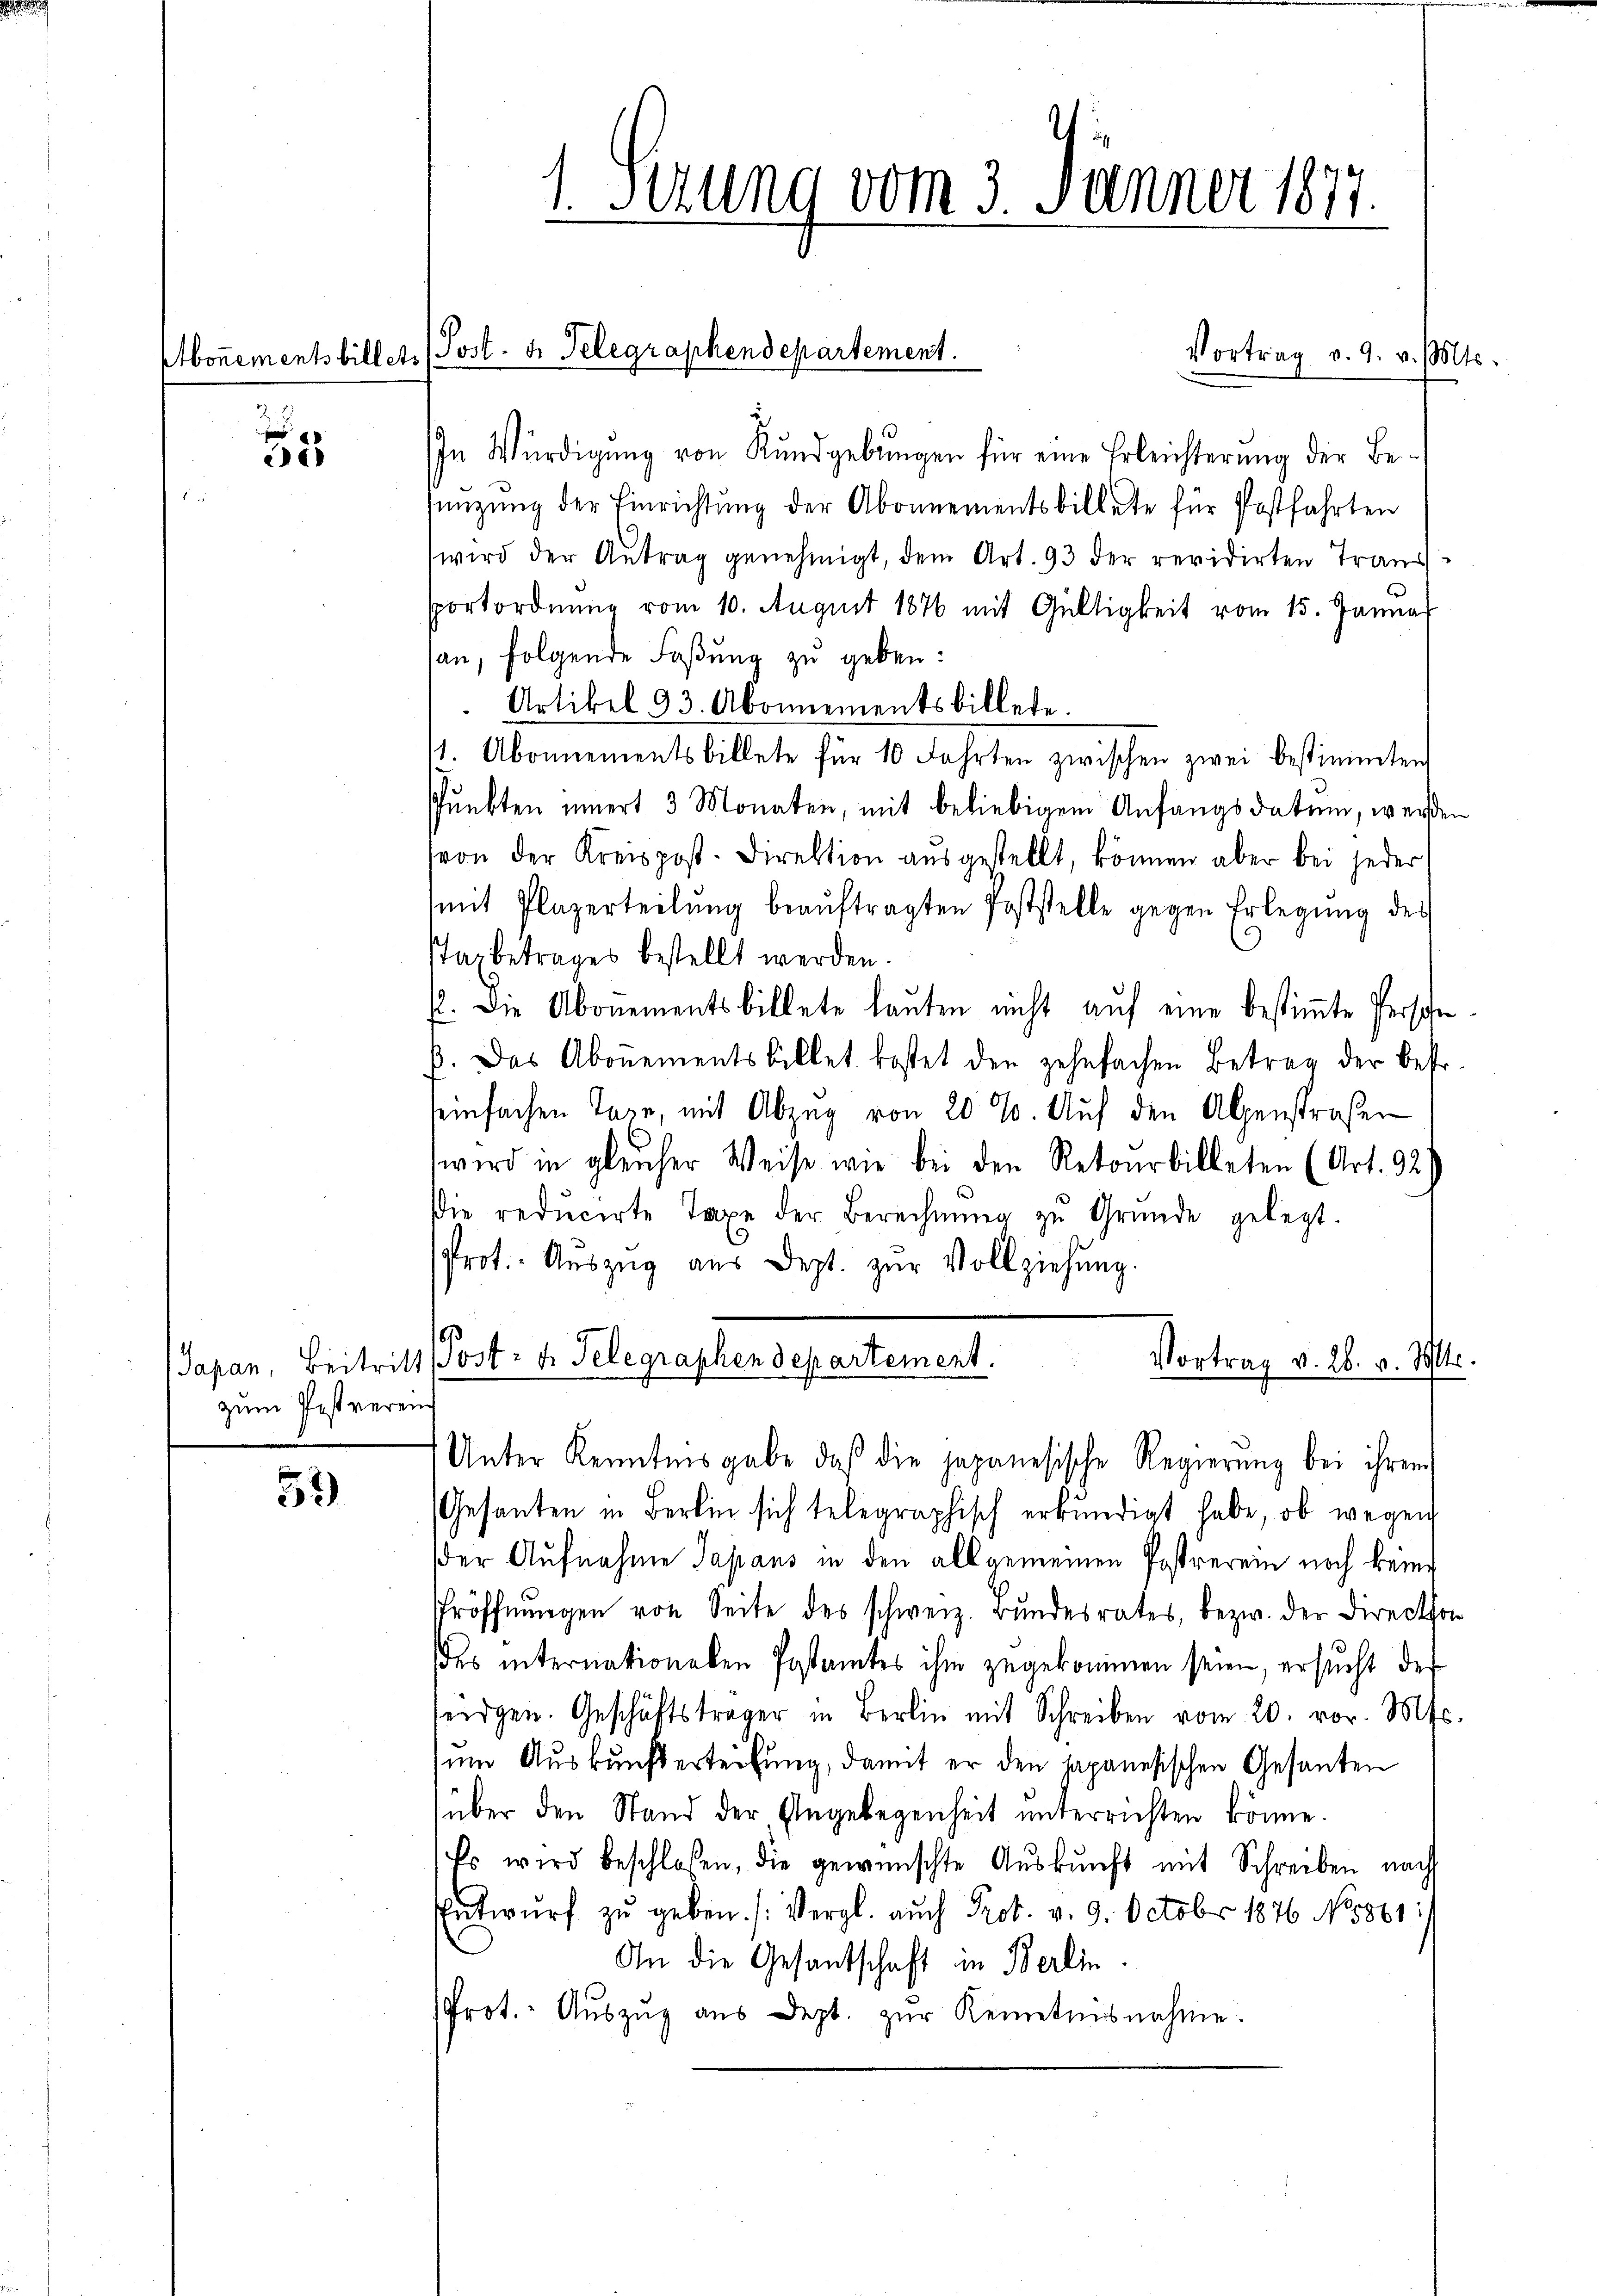
5

zum Pestveren

52)

1. Setzung vom 3. Jänner 1877.

Aboṅementsbillet. (Post. d. Telegraphendepartement.

Vortrag v. 9. v. Mts.
In Würdigung von Rundgebungen für eine Erleichterung der Beünzŭng der Einrichtŭng der Abonnementsbillete für Postfahrten
wird der Antrag genehmigt, dem Art. 93 der revidirten Transsportordnung vom 10. August 1876 mit Gültigkeit vom 15. Januar
san, folgende Faßung zu geben:
Artikel 23. Abonnementsbillete.
11. Abonnementsbillete für 10 Fahrten zwischen zwei bestimmten
Pŭnkten innert 3 Monaten, mit beliebigem Anfangsdatum, werden
von der Kreispost-Direktion aŭsgestellt, können aber bei jeder
mit Plazerteilŭng beaŭftragten Poststelle gegen Erlegŭng des
STaxbetrages bestellt werden.
. Die Abonementsbillete lauten nicht auf eine bestimmte Persohn
p. Das Abonementsbillet kostet den zehnfachen Betrag der befr
teinfachen Tage, mit Abzug von 20 %. Auf den Alpenstraßen
wird in gleicher Weise wie bei den Retourbildeten (Art. 92)
Die reducirte Taxe der Berechnŭng zu Gründe gelegt.
Prot. Aŭszŭg aŭs Dept. zŭr Vollziehung.
Vortrag v. 26. v. Mltr.
Japan, Beitritt (Post- u. Telegraphen departement.
Unter Kenntnisgabe, daß die japanesische Regierung bei ihrem
Gesanten in Berlin sich telegraphisch erkundigt habe, ob wegen
der Aufnahme Japans in den allgemeinen Postverein noch keine
Eröffnungen von Seite des schweiz. Bundesrates, bezw. der Direction
des internationalen Postamtes ihm zugekommen seien, ersucht des
seidgen. Geschäftsträger in Berlin mit Schreiben vom 20. vor. Mts.
um Auskunfterteilung, damit er den japanesischen Gesanten
über den Stand der Angelegenheit unterrichten könne.
Es wird beschlossen, die gewünschte Aŭskŭnft mit Schreiben nach
Entwŭrf zŭ geben. (Vergl. auch Prot. v. 9. Octobr 1876 No 861:
An die Gesantschaft in Berlin.
Prot. Aŭszŭg aŭs dept. zŭr Kenntnisnahme.